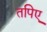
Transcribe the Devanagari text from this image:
तपिए